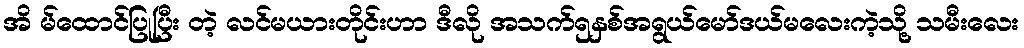
အိ မ်ထောင်ပြုပြီး တဲ့ လင်မယားတိုင်းဟာ ဒီလို အသက်၅နှစ်အရွယ်မော်ဒယ်မလေးကဲ့သို့ သမီးလေး